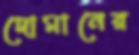
দোমানের